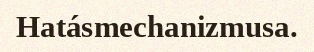
Hatásmechanizmusa.